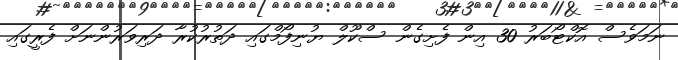
ނަމަވެސް އޮކްޓޯބަރު 30 އިން ފެށިގެން ސްކޫލް ޔުނިފޯމްގައި ދަތުރުކުރާ ދަރިވަރުންނަށް ފެރީގައި